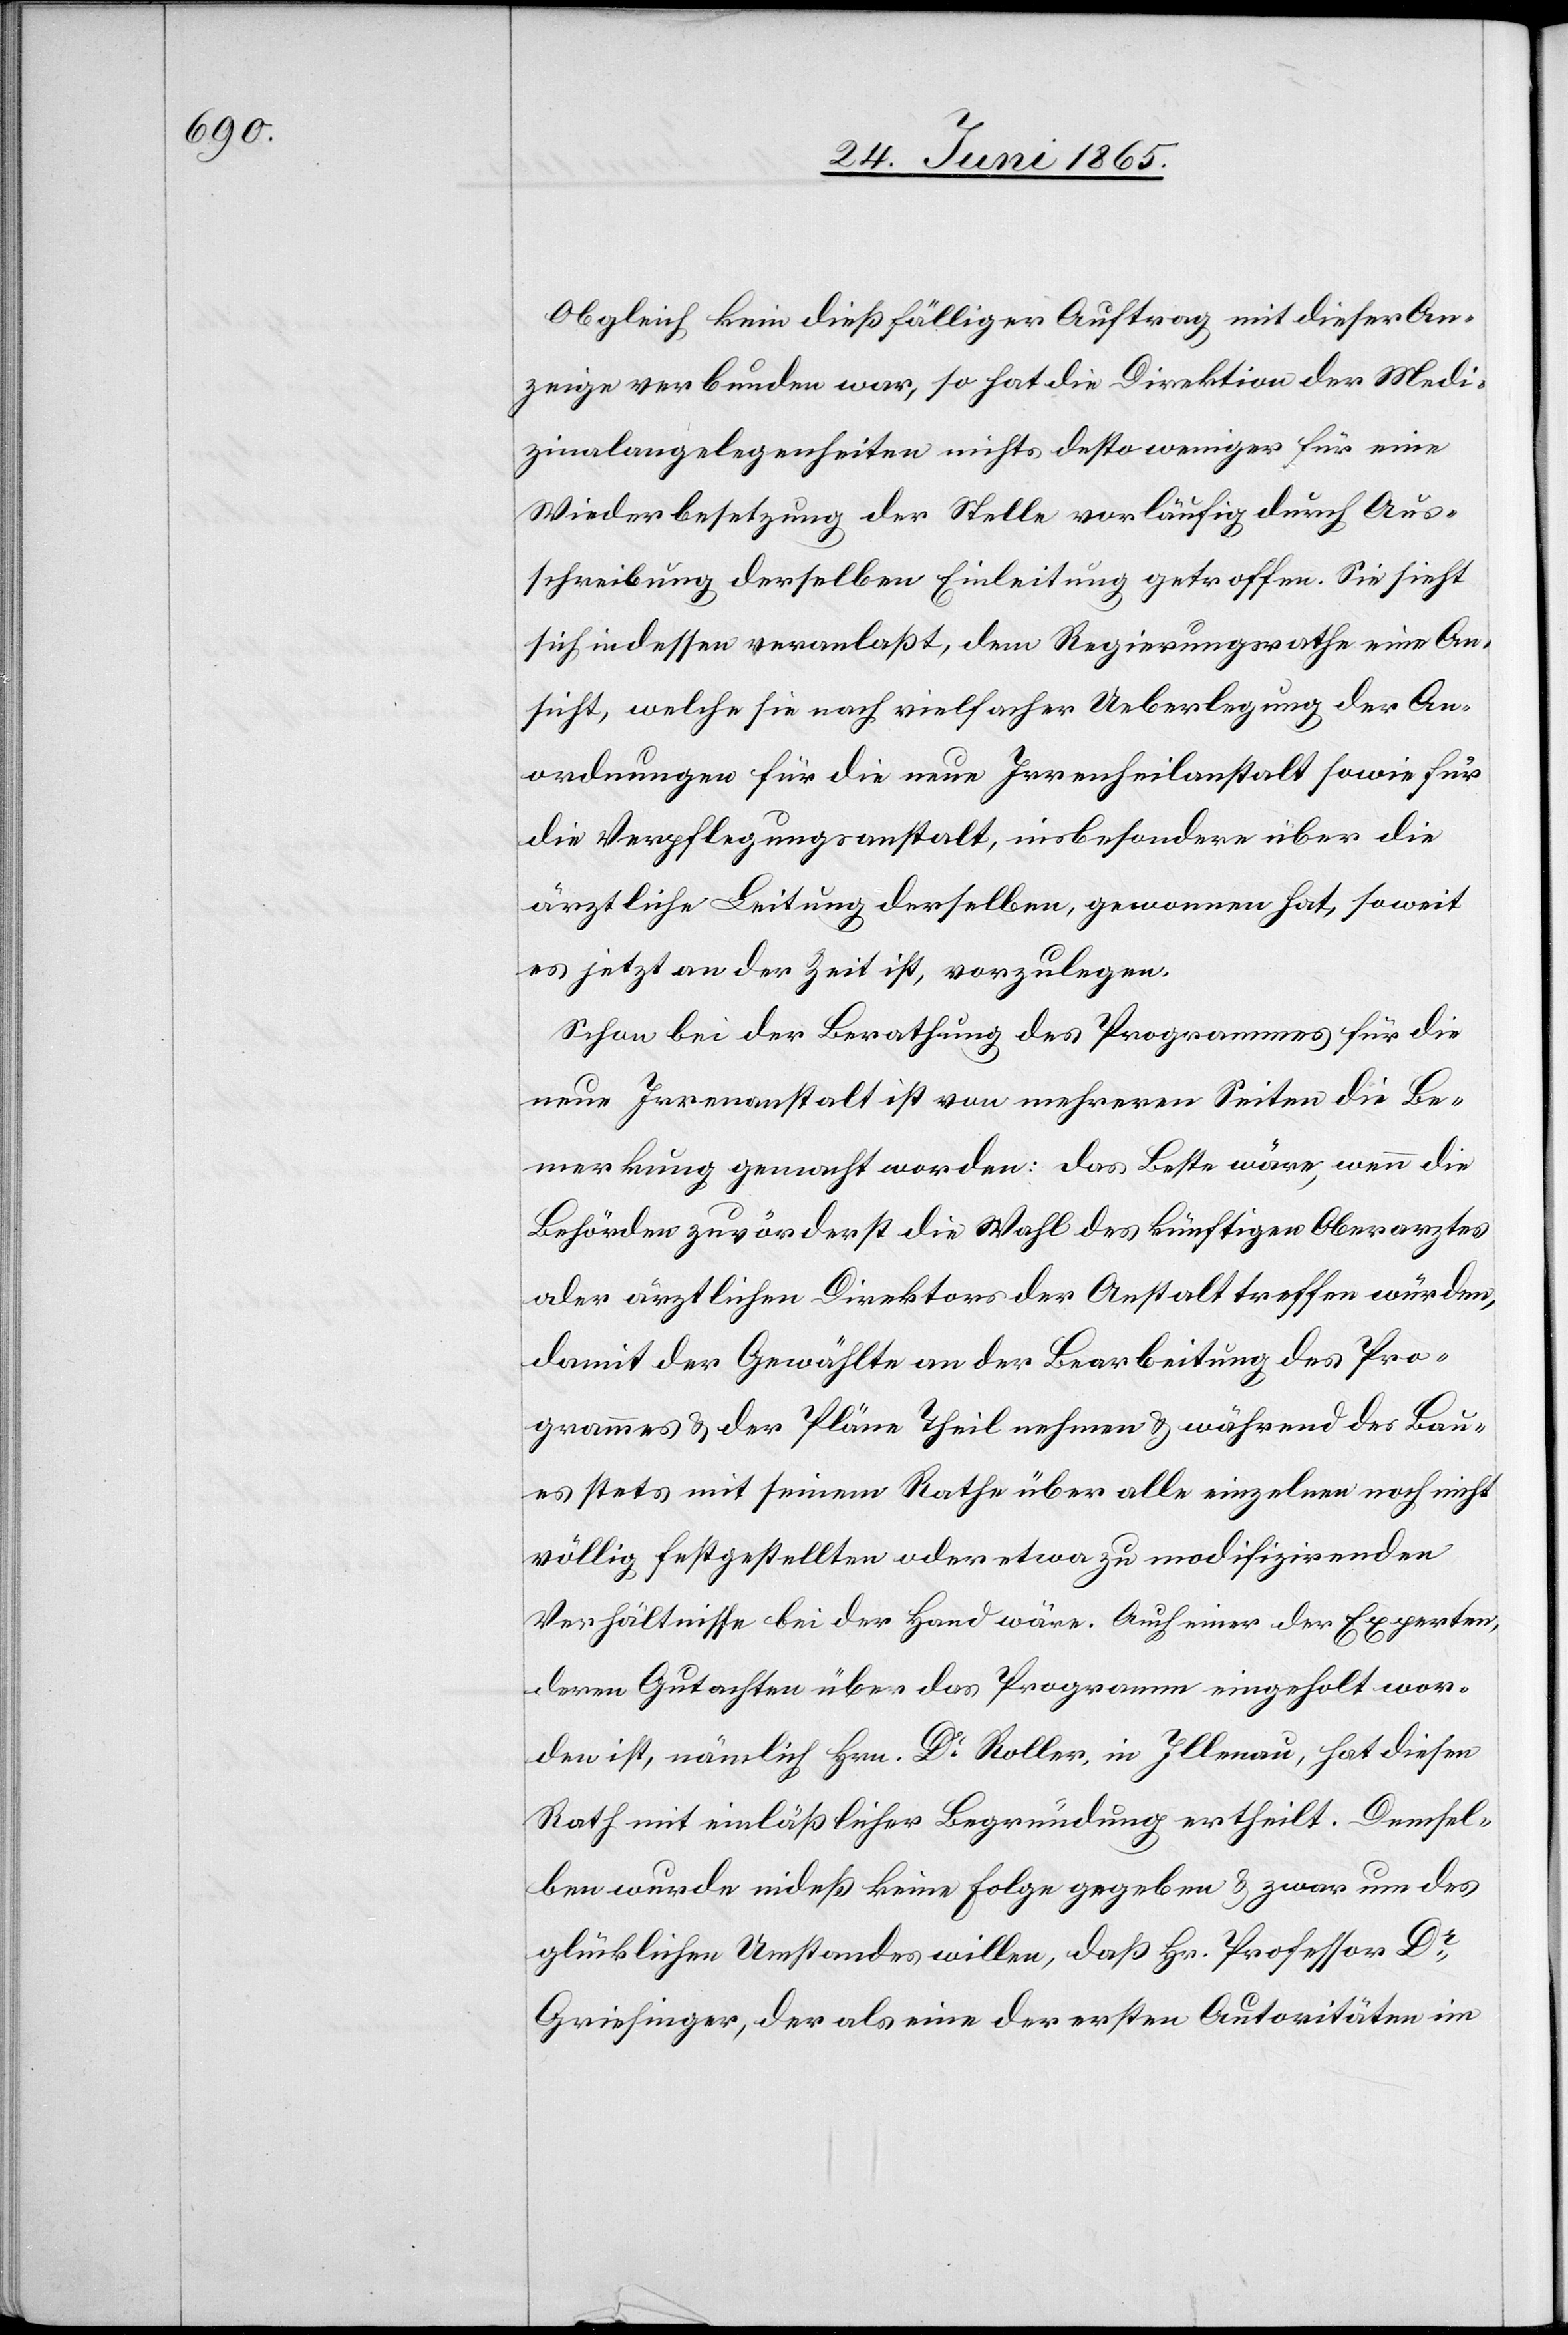
Obgleich kein dießfälliger Auftrag mit dieser An¬
zeige verbunden war, so hat die Direktion der Medi¬
zinalangelegenheiten nichts desto weniger für eine
Wiederbesetzung der Stelle vorläufig durch Aus¬
schreibung derselben Einleitung getroffen. Sie sieht
sich indessen veranlaßt, dem Regierungsrathe eine An¬
sicht, welche sie nach vielfacher Ueberlegung der An¬
ordnungen für die neue Irrenheilanstalt sowie für
die Verpflegungsanstalt, insbesondere über die
ärztliche Leitung derselben, gewonnen hat, soweit
es jetzt an der Zeit ist, vorzulegen.
Schon bei der Berathung des Programmes für die
neue Irrenanstalt ist von mehreren Seiten die Be¬
merkung gemacht worden: Das Beste wäre, wenn die
Behörden zuvörderst die Wahl des künftigen Oberarztes
oder ärztlichen Direktors der Anstalt treffen würden,
damit der Gewählte an der Bearbeitung des Pro¬
grammes & der Pläne Theil nehmen & während des Bau¬
es stets mit seinem Rathe über alle einzelnen noch nicht
völlig festgestellten oder etwa zu modifizirenden
Verhältnisse bei der Hand wäre. Auch einer der Experten,
deren Gutachten über das Programm eingeholt wor¬
den ist, nämlich Hrn. Dr Roller, in Illnau, hat diesen
Rath mit einläßlicher Begründung ertheilt. Demsel¬
ben wurde indeß keine Folge gegeben & zwar um des
glücklichen Umstandes willen, daß Hr. Professor Dr
Griesinger, der als eine der ersten Autoritäten im